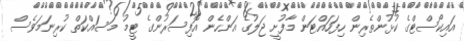
އައިކޯސްޓްގެ ކުޅުންތެރިން ހިފަހައްޓަން މާފުށީ ޖަލުގެ އަންހެން އޮފިސަރުންގެ ޓީމު މަސައްކަތް ކުރިނަމަވެސް